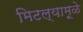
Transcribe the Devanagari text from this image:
मिटल्यामूळे